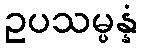
ဥပသမ္ပန္နံ